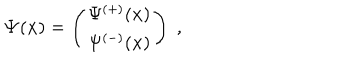
LaTeX: { \bf \Psi } ( { \bf x } ) = \left( \begin{array} { c } { { \Psi ^ { ( + ) } ( { \bf x } ) } } \\ { { \Psi ^ { ( - ) } ( { \bf x } ) } } \\ \end{array} \right) \; ,